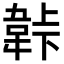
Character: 𬰬